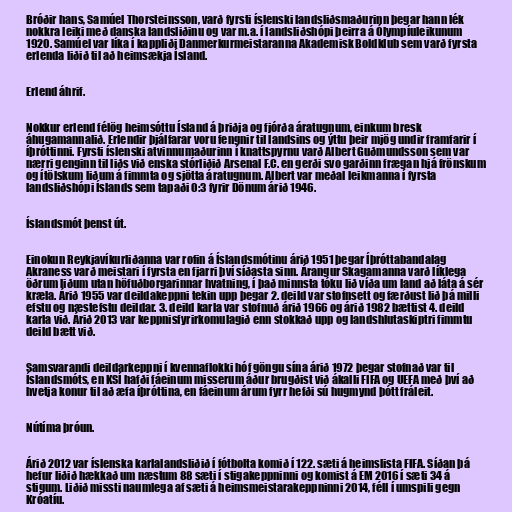
Bróðir hans, Samúel Thorsteinsson, varð fyrsti íslenski landsliðsmaðurinn þegar hann lék
nokkra leiki með danska landsliðinu og var m.a. í landsliðshópi þeirra á Ólympíuleikunum
1920. Samúel var líka í kappliði Danmerkurmeistaranna Akademisk Boldklub sem varð fyrsta
erlenda liðið til að heimsækja Ísland.

Erlend áhrif.

Nokkur erlend félög heimsóttu Ísland á þriðja og fjórða áratugnum, einkum bresk
áhugamannalið. Erlendir þjálfarar voru fengnir til landsins og ýttu þeir mjög undir framfarir í
íþróttinni. Fyrsti íslenski atvinnumaðurinn í knattspyrnu varð Albert Guðmundsson sem var
nærri genginn til liðs við enska stórliðið Arsenal F.C. en gerði svo garðinn frægan hjá frönskum
og ítölskum liðum á fimmta og sjötta áratugnum. Albert var meðal leikmanna í fyrsta
landsliðshópi Íslands sem tapaði 0:3 fyrir Dönum árið 1946.

Íslandsmót þenst út.

Einokun Reykjavíkurliðanna var rofin á Íslandsmótinu árið 1951 þegar Íþróttabandalag
Akraness varð meistari í fyrsta en fjarri því síðasta sinn. Árangur Skagamanna varð líklega
öðrum liðum utan höfuðborgarinnar hvatning, í það minnsta tóku lið víða um land að láta á sér
kræla. Árið 1955 var deildakeppni tekin upp þegar 2. deild var stofnsett og færðust lið þá milli
efstu og næstefstu deildar. 3. deild karla var stofnuð árið 1966 og árið 1982 bættist 4. deild
karla við. Árið 2013 var keppnisfyrirkomulagið enn stokkað upp og landshlutaskiptri fimmtu
deild bætt við.

Samsvarandi deildarkeppni í kvennaflokki hóf göngu sína árið 1972 þegar stofnað var til
Íslandsmóts, en KSÍ hafði fáeinum misserum áður brugðist við ákalli FIFA og UEFA með því að
hvetja konur til að æfa íþróttina, en fáeinum árum fyrr hefði sú hugmynd þótt fráleit.

Nútíma þróun.

Árið 2012 var íslenska karlalandsliðið í fótbolta komið í 122. sæti á heimslista FIFA. Síðan þá
hefur liðið hækkað um næstum 88 sæti í stigakeppninni og komist á EM 2016 í sæti 34 á
stigum. Liðið missti naumlega af sæti á heimsmeistarakeppninni 2014, féll í umspili gegn
Króatíu.